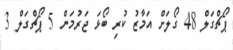
ޕޯޗްގަލް 48 ގޯލަށް އަމާޒު ކުރި ބޯޅަ ޖަރުމަން 5 ޕޯޗްގަލް 3